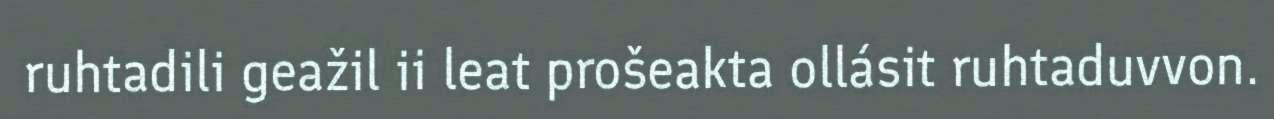
ruhtadili geažil ii leat prošeakta ollásit ruhtaduvvon.